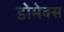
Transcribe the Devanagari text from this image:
डोमेक्स